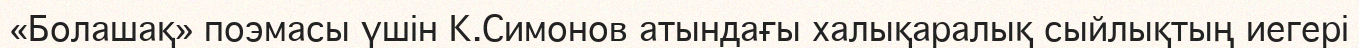
«Болашақ» поэмасы үшін К.Симонов атындағы халықаралық сыйлықтың иегері